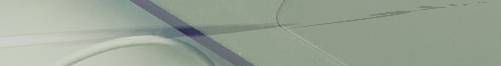
خدمة توصيل البقالة والموا